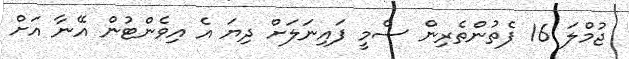
ޖުމްލަ 16 ފެތުންތެރިން ސެމީ ފައިނަލަށް ދިޔަ އެ އިވެންޓުން އޭނާ އަށް